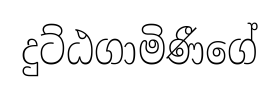
දුට්ඨගාමිණීගේ